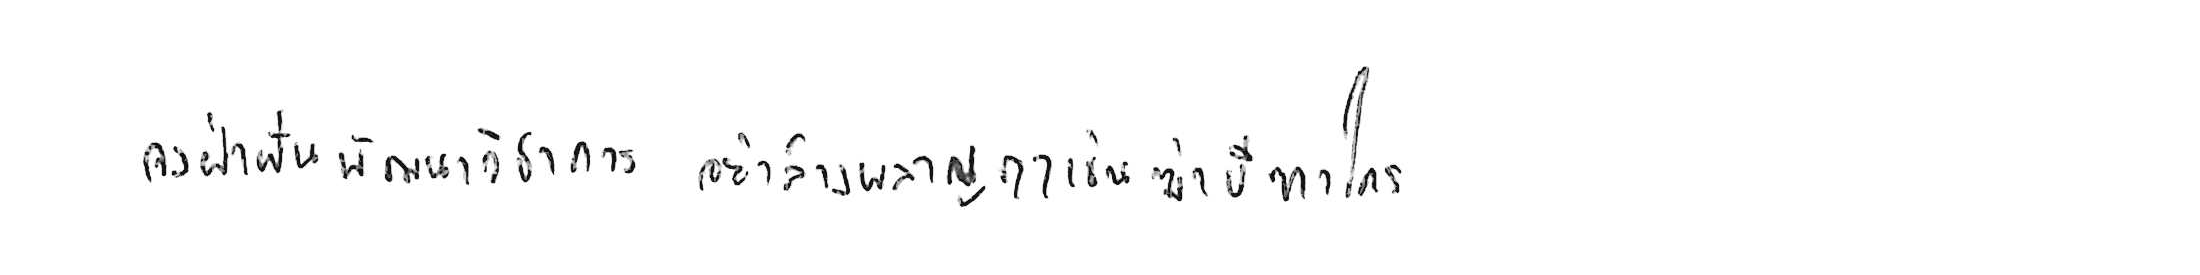
จงฝ่าฟันพัฒนาวิชาการ อย่าล้างผลาญฤๅเข่นฆ่าบีฑาใคร